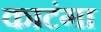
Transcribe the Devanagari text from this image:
काटंगा